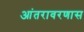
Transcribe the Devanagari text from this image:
आंतरावरणास